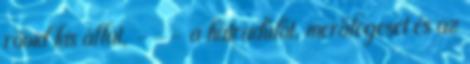
rövid kis állat, --- a hátradűlőt, merőlegeset és az